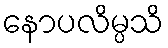
နောပလိမ္ပသိ